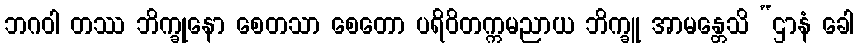
ဘဂဝါ တဿ ဘိက္ခုနော စေတသာ စေတော ပရိဝိတက္ကမညာယ ဘိက္ခူ အာမန္တေသိ “ဌာနံ ခေါ